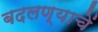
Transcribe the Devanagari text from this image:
बदलण्याचें